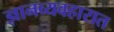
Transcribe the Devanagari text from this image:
ज्ञानव्यवहारात